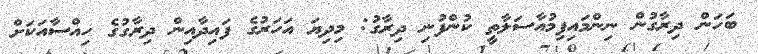
ބަހަން ދިރާގުން ނިންމައިފިމުއާސަލާތީ ކުންފުނި ދިރާގު: މިދިޔަ އަހަރުގެ ފައިދާއިން ދިރާގުގެ ހިއްސާއަކަށް